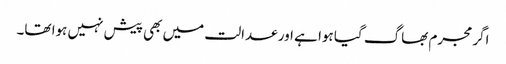
اگر مجرم بھاگ گیا ہوا ہے اور عدالت میں بھی پیش نہیں ہوا تھا۔